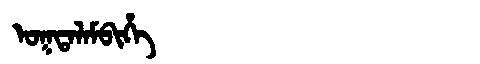
Manchu: ᠣᡴᡨᠠᠯᠠᠮᠪᡳᡥᡝ
Romanization: OKTALAMBIHE